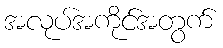
အလုပ်အကိုင်အတွက်